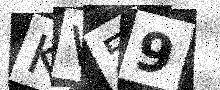
Text: KV59